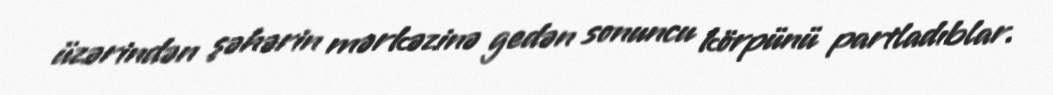
üzərindən şəhərin mərkəzinə gedən sonuncu körpünü partladıblar.